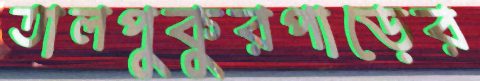
তালপুকুরপাড়ের